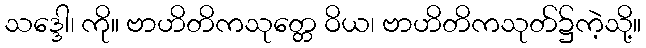
သဒ္ဒေါ၊ ကို။ ဗာဟိတိကသုတ္တေ ဝိယ၊ ဗာဟိတိကသုတ်၌ကဲ့သို့။